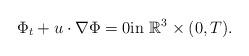
LaTeX: \begin{align*}\Phi_{t}+u\cdot \nabla \Phi&=0\textrm{in}\ \mathbb{R}^{3}\times (0,T).\end{align*}